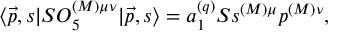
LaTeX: \langle \vec { p } , s | { \cal S } { \cal O } _ { 5 } ^ { ( { \cal M } ) \mu \nu } | \vec { p } , s \rangle = a _ { 1 } ^ { ( q ) } { \cal S } s ^ { ( { \cal M } ) \mu } p ^ { ( { \cal M } ) \nu } ,